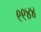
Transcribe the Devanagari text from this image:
९९४४